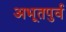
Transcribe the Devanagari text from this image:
अभूतपुर्व